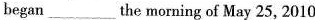
began___the morning of May 25, 2010